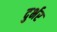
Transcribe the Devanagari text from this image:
दुर्भर